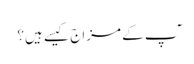
ٓپ کے مزاج کیسے ہیں؟